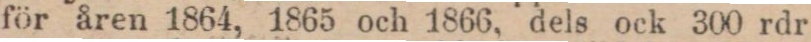
för åren 1864, 1865 och 1866, dels ock 300 rdr